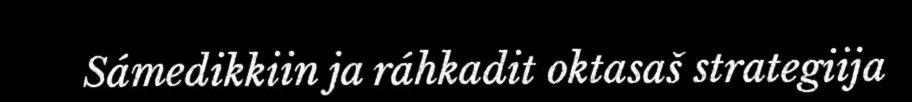
Sámedikkiin ja ráhkadit oktasaš strategiija